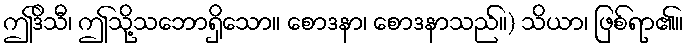
ဤဒိသီ၊ ဤသို့သဘောရှိသော။ စောဒနာ၊ စောဒနာသည်။) သိယာ၊ ဖြစ်ရာ၏။